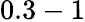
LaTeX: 0.3-1